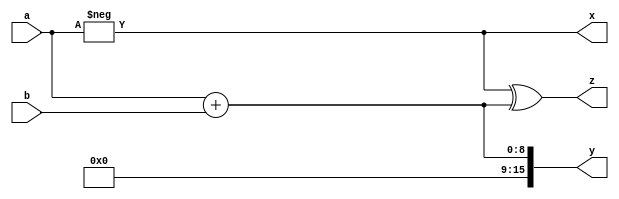
module wreduce_test0(input [7:0] a, b, output [15:0] x, y, z);
  assign x = -$signed({1'b0, a});
  assign y = $signed({1'b0, a}) + $signed({1'b0, b});
  assign z = x ^ y;
endmodule

module wreduce_test1(input [31:0] a, b, output [7:0] x, y, z, w);
  assign x = a - b, y = a * b, z = a >> b, w = a << b;
endmodule